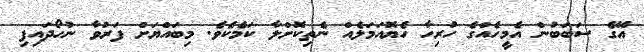
އޭގެ ސަބަބުން އެމީހެއްގެ ހުރިހާ ހެޔޮއަމަލެއް ނެތިކޮށްލާ ކަމެކެވެ. މިބައްޔަށް ފަރުވާ ނުހޯދައިފި